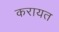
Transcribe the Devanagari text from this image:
करायत